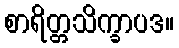
စာရိတ္တသိက္ခာပဒ။